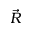
\vec { R }